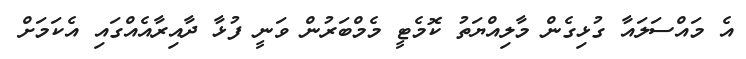
އެ މައްސަލައާ ގުޅިގެން މާލިއްޔަތު ކޮމެޓީ މެމްބަރުން ވަނީ ފުޅާ ދާއިރާއެއްގައި އެކަމަށް